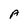
Character: A